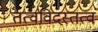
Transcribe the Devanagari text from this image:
तत्वविदस्तत्वं